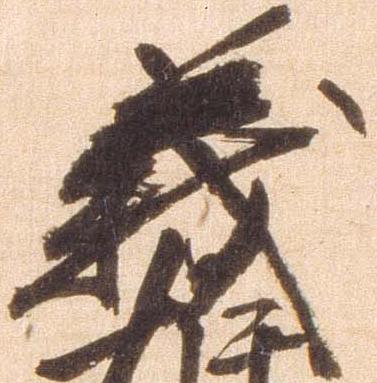
義